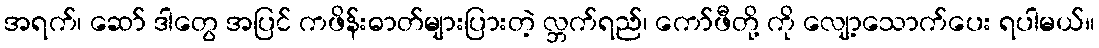
အရက်၊ ဆော် ဒါတွေ အပြင် ကဖိန်းဓာတ်များပြားတဲ့ လ္ဘက်ရည်၊ ကော်ဖီတို့ ကို လျော့သောက်ပေး ရပါမယ်။